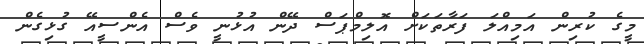
މީގެ ކުރިން އަމިއްލަ ފަރާތަކަށް އޮލިމްޕަސް ދޭން އުޅުނީ ވެސް އެންސީއޭ ގުޅިގެން